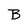
Character: B